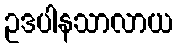
ဥဒပါနသာလာယ